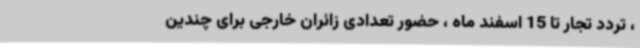
، تردد تجار تا 15 اسفند ماه ، حضور تعدادی زائران خارجی برای چندین